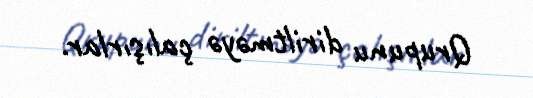
Qrupunu diriltməyə çalışırlar.